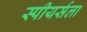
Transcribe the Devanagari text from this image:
स्पीयर्सला